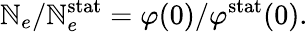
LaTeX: \mathbb{N}_{e}/\mathbb{N}_{e}^{\mathrm{{stat}}}=\varphi(0)/\varphi^{\mathrm{{stat}}}(0).